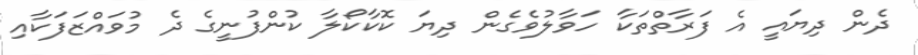
ދެން ދިޔައީ އެ ފަރާތްތަކާ ހަވާލުވެގެން ދިޔަ ކޮކާކޯލާ ކުންފުނީގެ ދެ މުވައްޒަފަކާއި